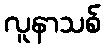
လူနာသစ်